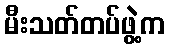
မီးသတ်တပ်ဖွဲ့က